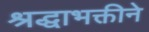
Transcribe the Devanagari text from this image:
श्रद्धाभक्तीने